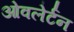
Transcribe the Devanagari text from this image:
ओवलेर्टन